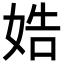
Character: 𡜲